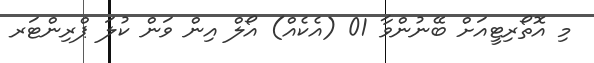
މި އޮތޯރިޓީއަށް ބޭނުންވާ 01 (އެކެއް) އޯލް އިން ވަން ކުލަ ޕްރިންޓަރ